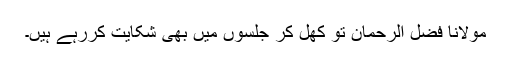
مولانا فضل الرحمان تو کھل کر جلسوں میں بھی شکایت کررہے ہیں۔